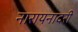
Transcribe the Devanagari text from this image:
नारायनादरी